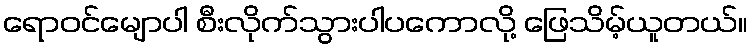
ရောဝင်မျောပါ စီးလိုက်သွားပါပကောလို့ ဖြေသိမ့်ယူတယ်။